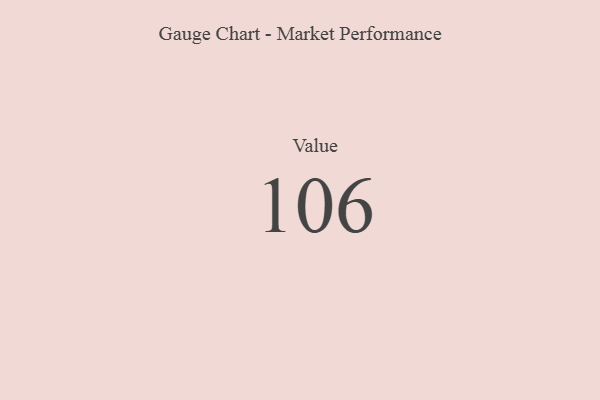
{"axis": {"x": "Metric", "y": "Value"}, "legend": [""], "data": [{"x": "Value", "y": 106, "type": ""}]}